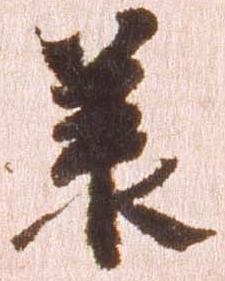
承